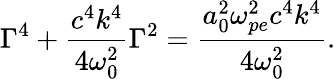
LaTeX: \Gamma^{4}+\frac{c^{4}k^{4}}{4\omega_{0}^{2}}\Gamma^{2}=\frac{a_{0}^{2}\omega_{pe}^{2}c^{4}k^{4}}{4\omega_{0}^{2}}.